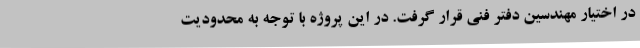
در اختیار مهندسین دفتر فنی قرار گرفت. در این پروژه با توجه به محدودیت